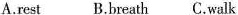
A.rest B.breath C.walk